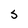
Character: S